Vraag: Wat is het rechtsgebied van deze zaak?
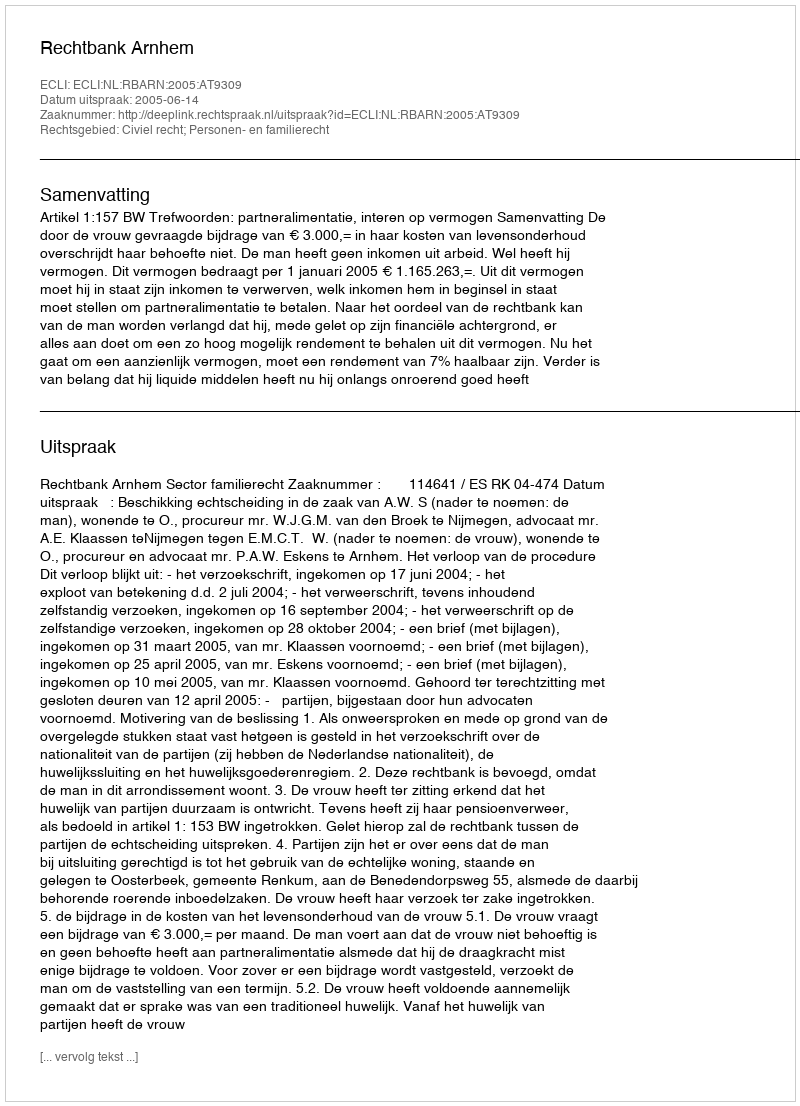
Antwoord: Civiel recht; Personen- en familierecht